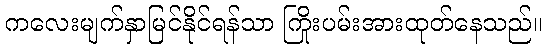
ကလေးမျက်နှာမြင်နိုင်ရန်သာ ကြိုးပမ်းအားထုတ်နေသည်။